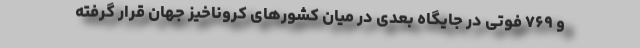
و ۷۶۹ فوتی در جایگاه بعدی در میان کشورهای کروناخیز جهان قرار گرفته